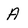
Character: A